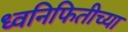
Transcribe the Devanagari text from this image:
ध्वनिफितीच्या